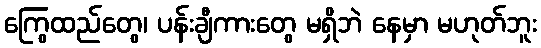
ကြွေထည်တွေ၊ ပန်းချီကားတွေ မရှိဘဲ နေမှာ မဟုတ်ဘူး